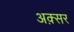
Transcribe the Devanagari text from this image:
अक़्सर